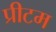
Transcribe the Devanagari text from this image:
प्रीटम